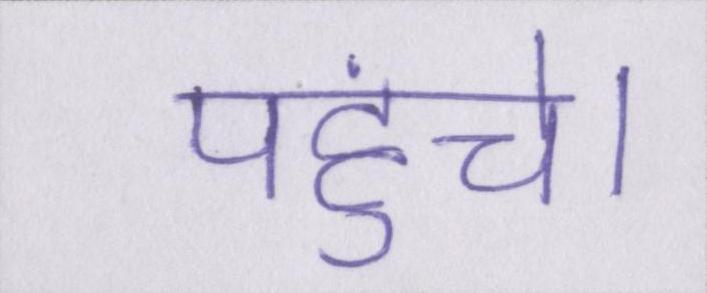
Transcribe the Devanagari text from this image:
पहुंचे।